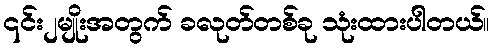
၎င်း၂မျိုးအတွက် ခလုတ်တစ်ခု သုံးထားပါတယ်။